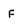
Character: f